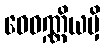
ဝေဝဏ္ဏိယမှိ